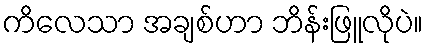
ကိလေသာ အချစ်ဟာ ဘိန်းဖြူလိုပဲ။